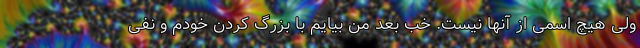
ولی هیچ اسمی از آنها نیست. خب بعد من بیایم با بزرگ کردن خودم و نفی